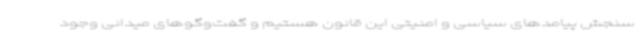
سنجش پیامدهای سیاسی و امنیتی این قانون هستیم و گفت‌وگوهای میدانی وجود